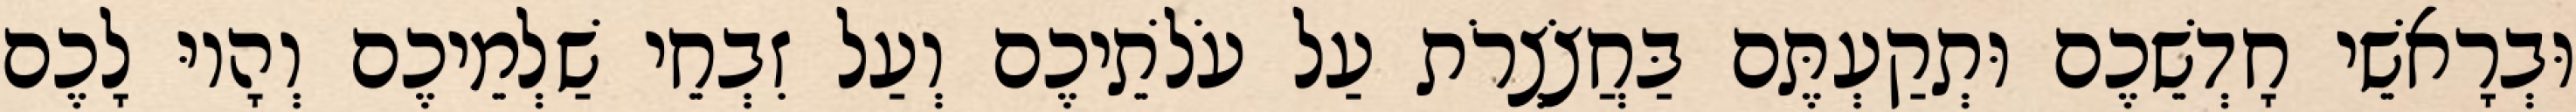
וּבְרָאשֵׁי חָדְשֵׁכֶם וּתְקַעְתֶּם בַּחֲצֹצְרֹת עַל עֹלֹתֵיכֶם וְעַל זִבְחֵי שַׁלְמֵיכֶם וְהָיוּ לָכֶם